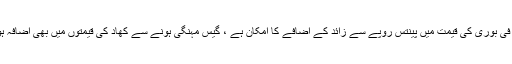
سیمنٹ سیکٹر پر ایکسائزڈیوٹی اورگیس کی قیمتوں میں اضافےسے فی بوری کی قیمت میں پینتس روپے سے زائد کے اضافے کا امکان ہے ، گیس مہنگی ہونے سے کھاد کی قیمتوں میں بھی اضافہ ہوگا اور کھاد کی فی بوری قیمت دوسودس روپے مہنگی ہوجائےگی۔